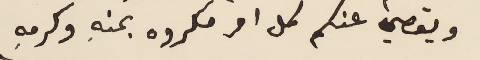
ويقصي عنكم كل امر مكروه بمنهِ وكرمهِ